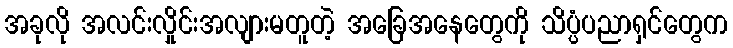
အခုလို အလင်းလှိုင်းအလျားမတူတဲ့ အခြေအနေတွေကို သိပ္ပံပညာရှင်တွေက